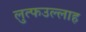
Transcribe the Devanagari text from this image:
लुत्फउल्लाह